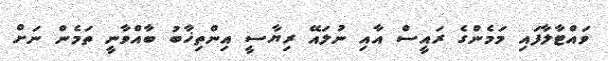
ވައްޓާލާފައި މަމެންގެ ރައީސް އާއި ނުލައޭ ރިޔާސީ އިންތިޚާބު ބާއްވާނީ ތަމެން ނަށް